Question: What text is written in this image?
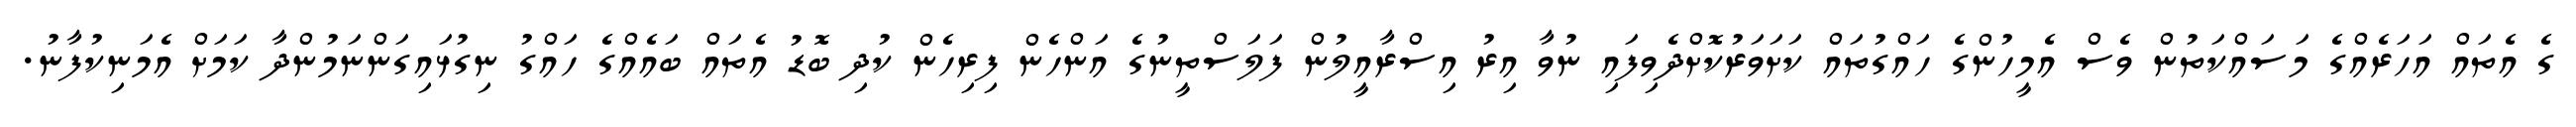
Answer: ގެ އެތައް އަހަރެއްގެ މަސައްކަތުން ވެސް އެމީހުންގެ ހައްގުތައް ކަށަވަރުކޮށްދެވިފައި ނުވާ އިރު އިސްރާއީލުން ފަލަސްތީނުގެ އަންހެން ފިރިހެން ކުދި ބޮޑު އެތައް ބައެއްގެ ހައްގު ނިގުޅައިގަންނަމުންދާ ކަމަށް އެމަނިކުފާނު.